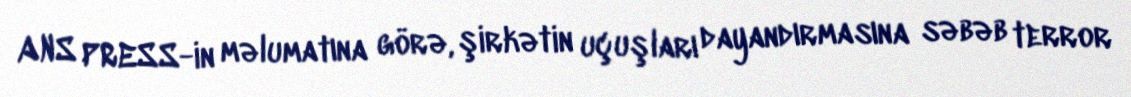
ANS PRESS-in məlumatına görə, şirkətin uçuşları dayandırmasına səbəb terror